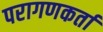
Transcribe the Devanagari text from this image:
परागणकर्ता